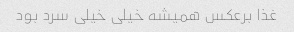
غذا برعکس همیشه خیلی خیلی سرد بود